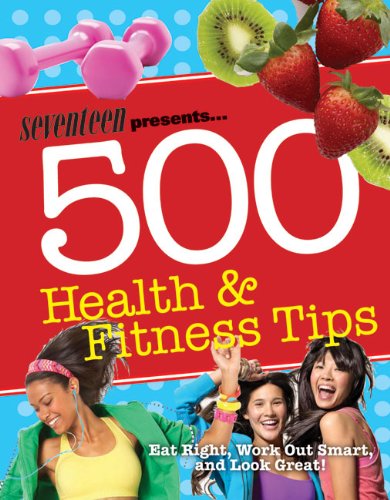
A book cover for Seventeen 500 Health & Fitness Tips: Eat Right, Work Out Smart, and Look Great!; Meghann Foye; Teen & Young Adult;